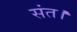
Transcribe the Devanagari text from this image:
संत।